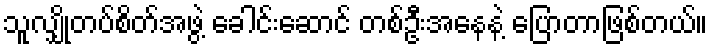
သူလျှိုတပ်စိတ်အဖွဲ့ ခေါင်းဆောင် တစ်ဦးအနေနဲ့ ပြောတာဖြစ်တယ်။